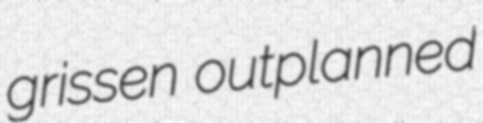
grissen outplanned